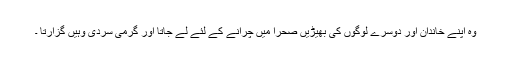
وہ اپنے خاندان اور دوسرے لوگوں کی بھیڑیں صحرا میں چرانے کے لئے لے جاتا اور گرمی سردی وہیں گزارتا ۔